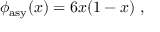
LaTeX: \phi _ { \mathrm { a s y } } ( x ) = 6 x ( 1 - x ) \; ,